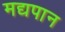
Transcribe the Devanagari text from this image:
मद्यपान